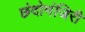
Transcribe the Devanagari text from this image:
छंदोमंजिरी